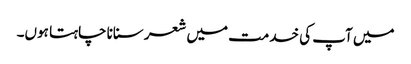
میں آپ کی خدمت میں شعر سنانا چاہتا ہوں۔